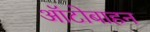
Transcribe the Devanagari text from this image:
ऑटोबाहन